Tartu_pedagoogiumi_aruanded, lk 77
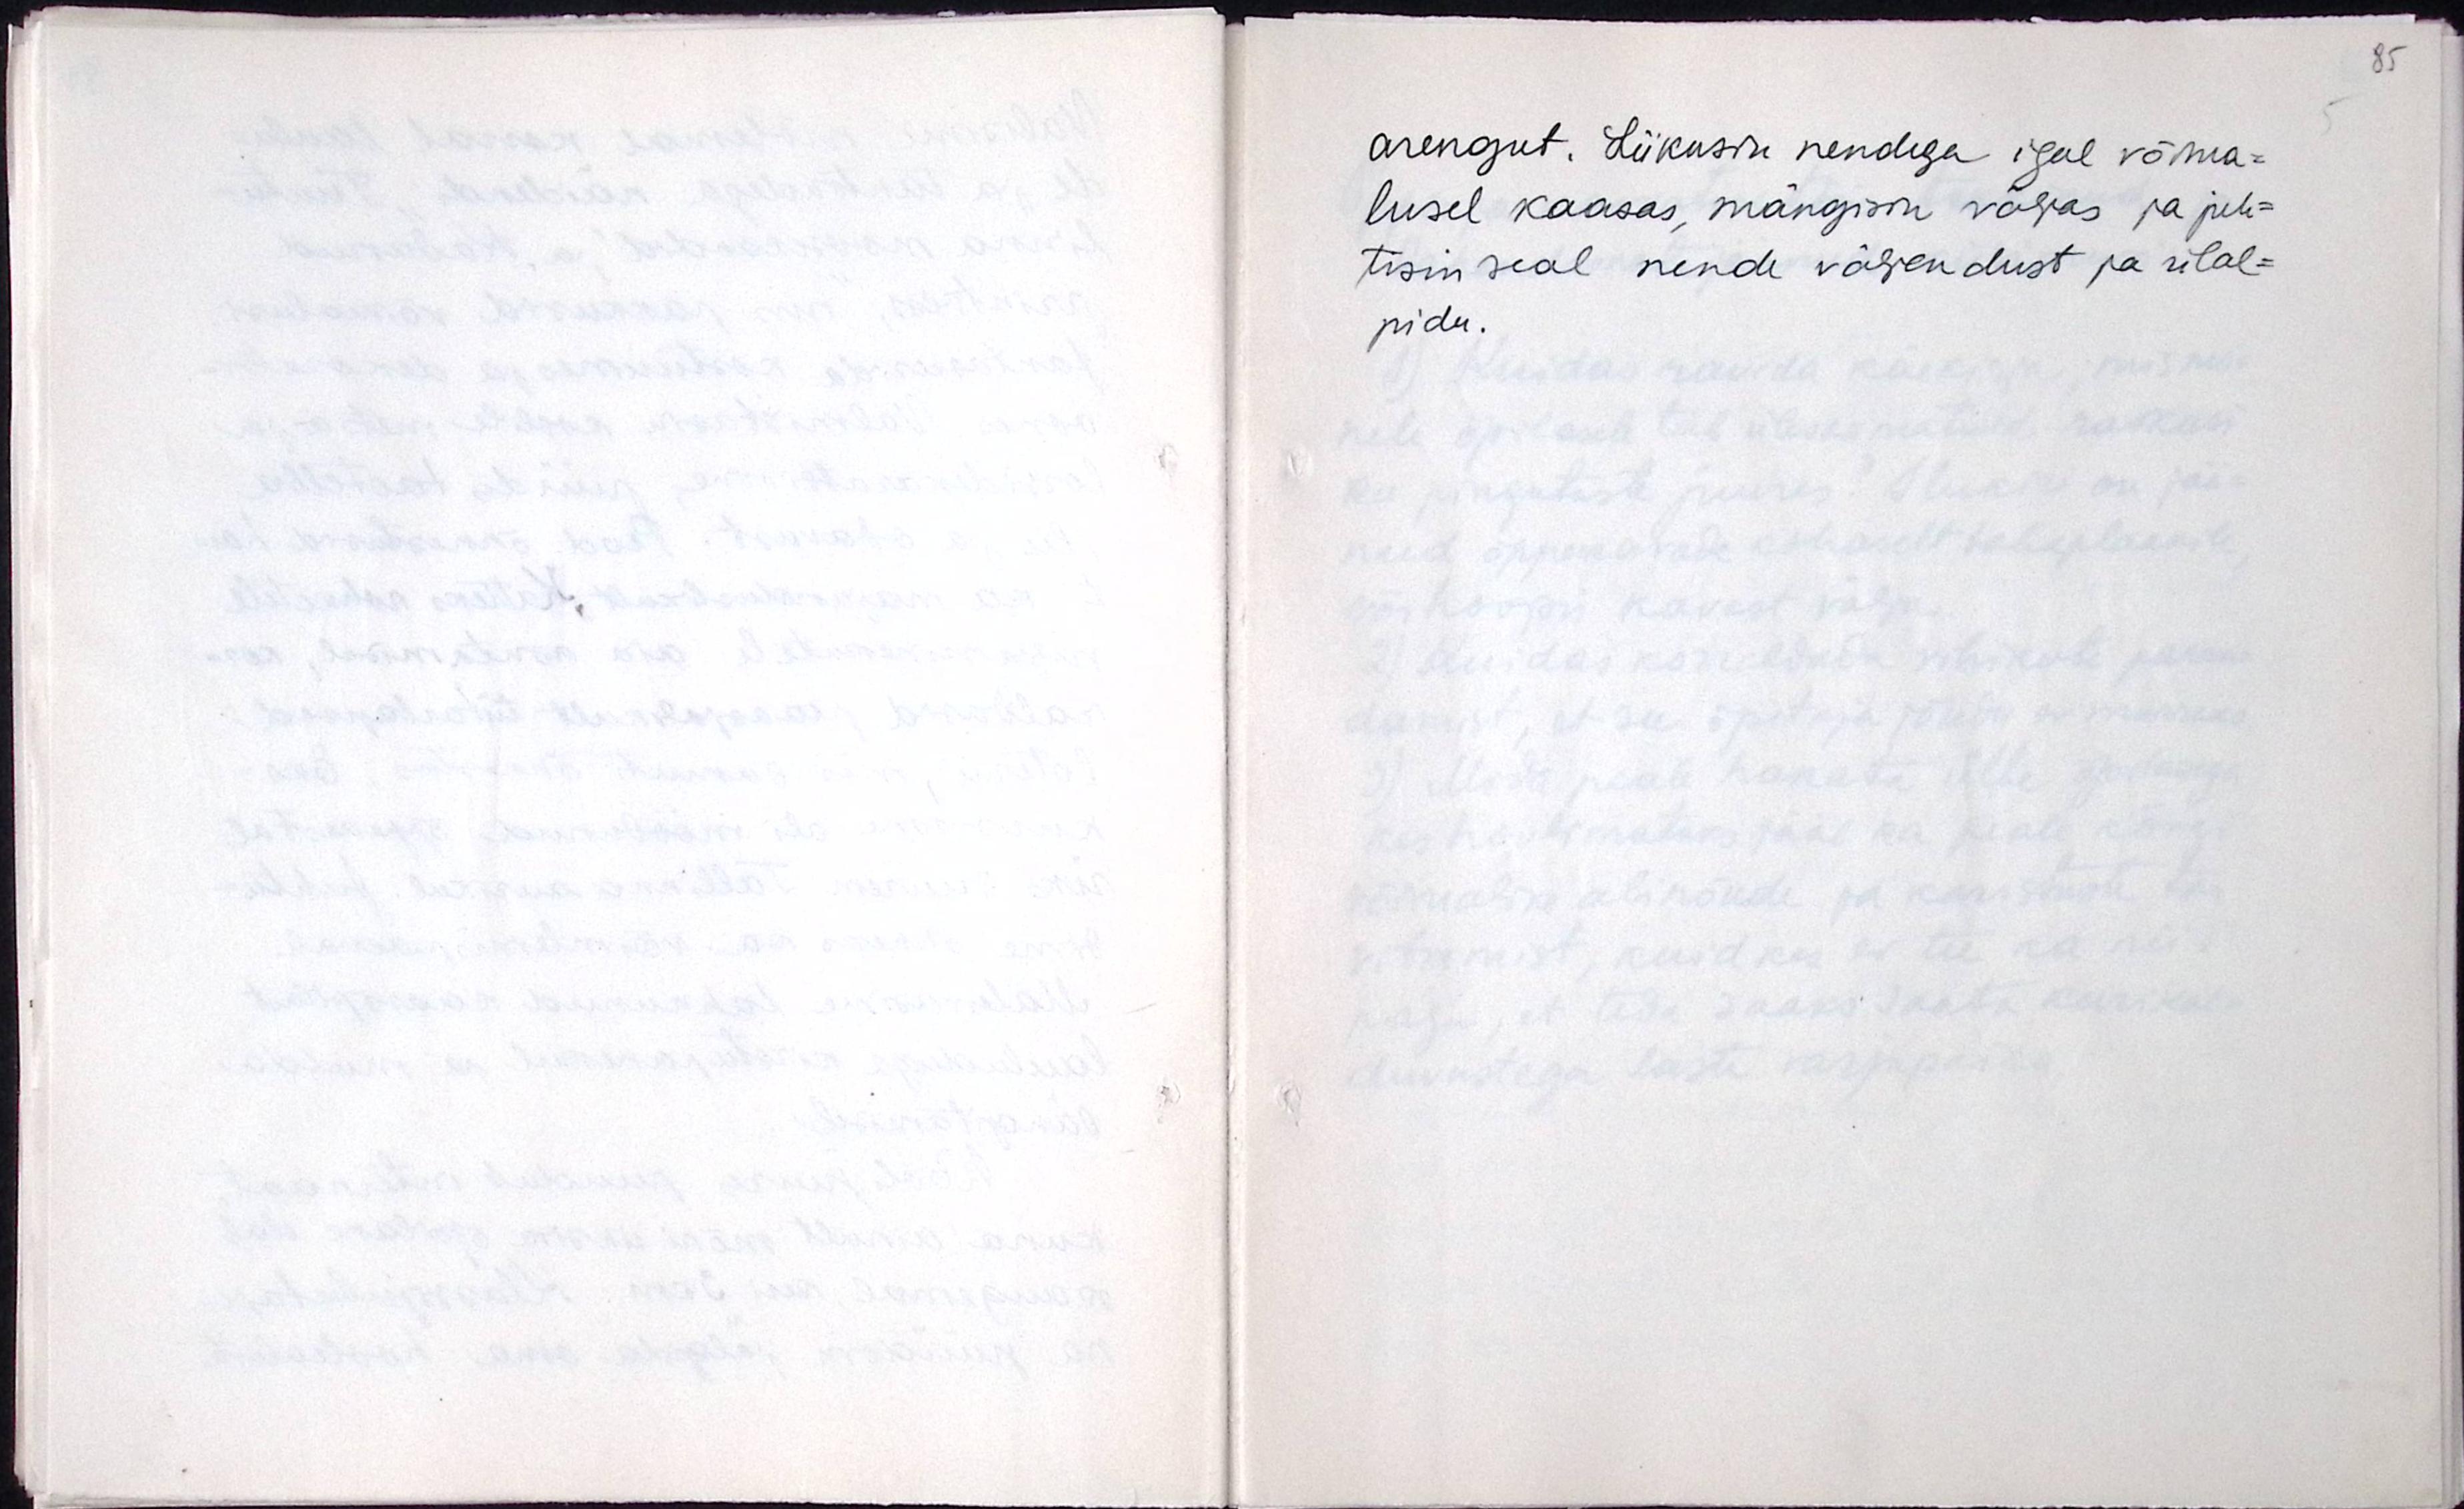
arengut. Liikusin nendega igal võima-
lusel kaasas, mängisin väljas ja juh-
tisin seal nende väljendust ja ülal-
pidu.